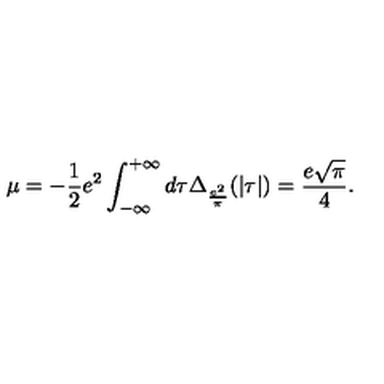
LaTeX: \mu = - \frac { 1 } { 2 } e ^ { 2 } \int _ { - \infty } ^ { + \infty } d \tau \Delta _ { \frac { e ^ { 2 } } { \pi } } ( | \tau | ) = \frac { e \sqrt { \pi } } { 4 } .